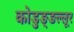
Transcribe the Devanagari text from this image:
कोडुङ्ङल्लूर